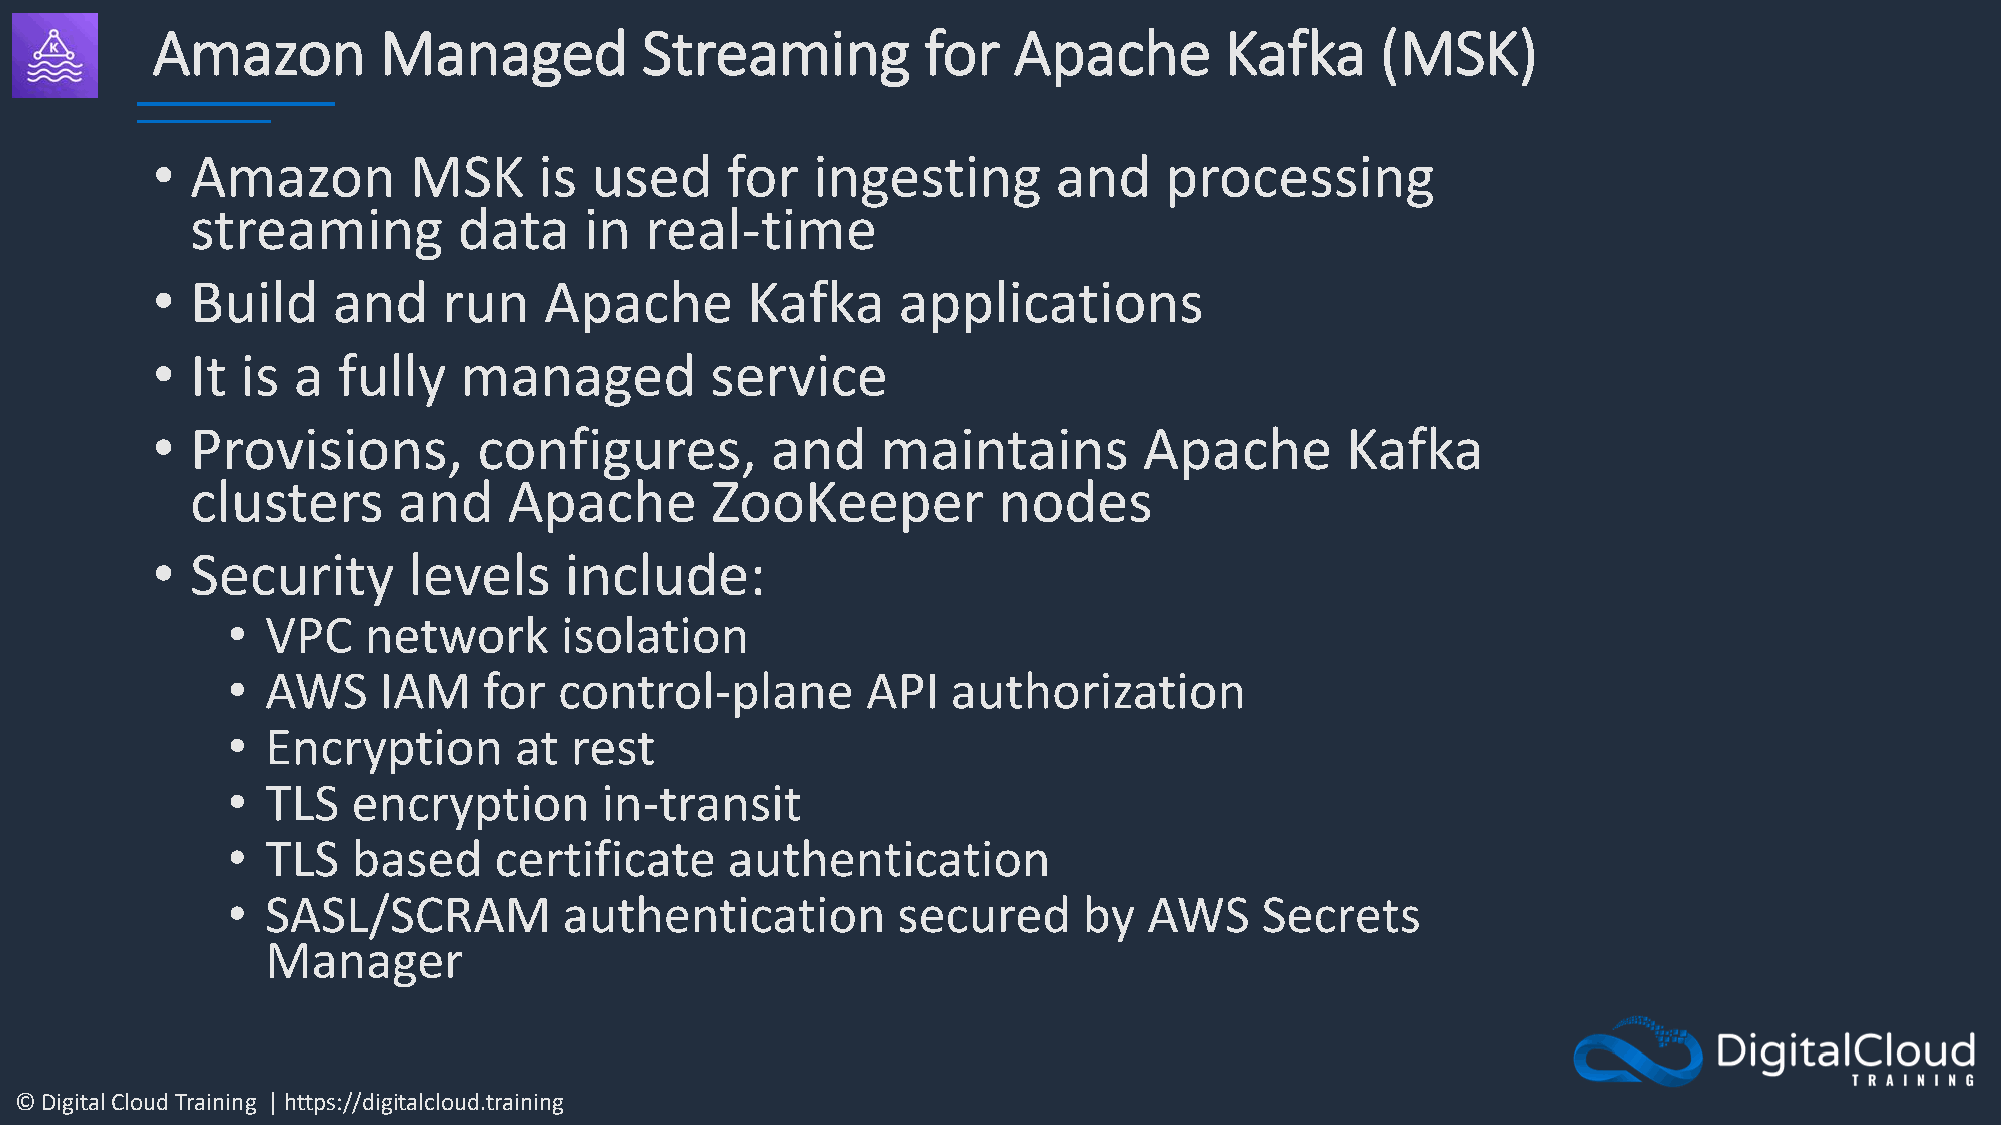
Amazon         Managed          Streaming          for   Apache        Kafka     (MSK)
 •  Amazon        MSK      is used     for   ingesting       and    processing
 streaming        data     in  real-time
 •  Build    and    run    Apache       Kafka     applications
 •  It is a  fully   managed          service
 •  Provisions,        configures,        and    maintains         Apache       Kafka
 clusters     and     Apache       ZooKeeper          nodes
 •  Security      levels    include:
 •  VPC   network      isolation
 •  AWS    IAM    for  control-plane       API   authorization
 •  Encryption      at  rest
 •  TLS  encryption       in-transit
 •  TLS  based     certificate    authentication
 •  SASL/SCRAM         authentication        secured      by  AWS    Secrets
 Manager
 © Digital Cloud Training | https://digitalcloud.training